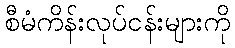
စီမံကိန်းလုပ်ငန်းများကို